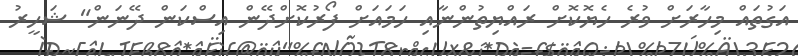
އަގުތައް މިހާރަށް ވުރެ ހެޔޮކޮށް ރައްޔިތުންނާއި ހަމައަށް ފޯރުކޮށްދޭން އިސްކަން ދޭނަން" ޝަހީރު